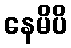
နေမိပိ